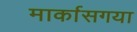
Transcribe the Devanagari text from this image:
मार्कासगया